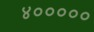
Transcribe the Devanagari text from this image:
४०००००